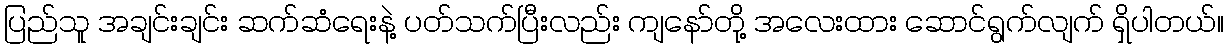
ပြည်သူ အချင်းချင်း ဆက်ဆံရေးနဲ့ ပတ်သက်ပြီးလည်း ကျနော်တို့ အလေးထား ဆောင်ရွက်လျက် ရှိပါတယ်။